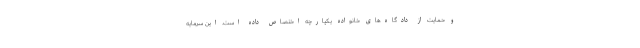
و حمایت از دادگاه‌های خانواده یکپارچه اختصاص داده است. این سرمایه